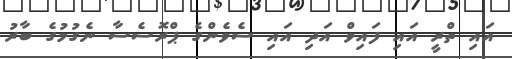
އައި ތްރީ އައި ފައިވް އަދި އައި ސެވެންގެ ޕްރޮސެސާ ނެގުމުގެ ބާރު